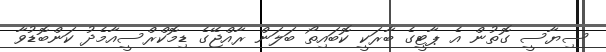
ސިޔާސީ ގޮތުން އެ ޕާޓީގެ ބާރަކީ ކޮބައިތޯ ބަލަން ރާއްޖޭގެ ޑިމޮކްރްސީއާމެދު ކަންބޮޑުވާ